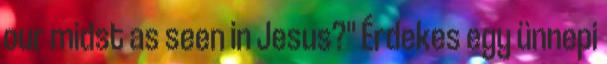
our midst as seen in Jesus?" Érdekes egy ünnepi